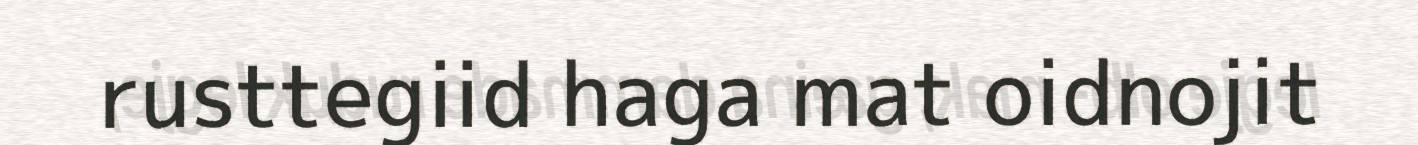
rusttegiid haga mat oidnojit